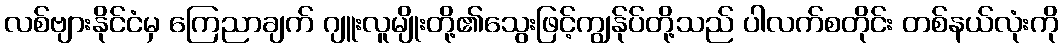
လစ်ဗျားနိုင်ငံမှ ကြေညာချက် ဂျူးလူမျိုးတို့၏သွေးဖြင့်ကျွန်ုပ်တို့သည် ပါလက်စတိုင်း တစ်နယ်လုံးကို